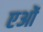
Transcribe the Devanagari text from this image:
एओं